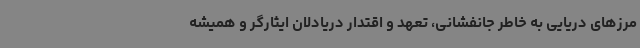
مرزهای دریایی به خاطر جانفشانی، تعهد و اقتدار دریادلان ایثارگر و همیشه